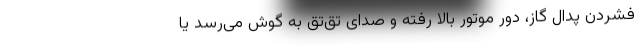
فشردن پدال گاز، دور موتور بالا رفته و صدای تق‌تق به گوش می‌رسد یا